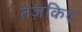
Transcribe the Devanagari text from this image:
तज़किए